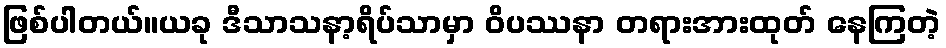
ဖြစ်ပါတယ်။ယခု ဒီသာသနာ့ရိပ်သာမှာ ဝိပဿနာ တရားအားထုတ် နေကြတဲ့